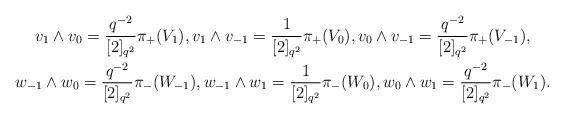
LaTeX: \begin{gather*}v_1 \wedge v_0 = \frac{q^{-2}}{[2]_{q^2}} \pi_+(V_1), v_1 \wedge v_{-1} = \frac{1}{[2]_{q^2}} \pi_+(V_0), v_0 \wedge v_{-1} = \frac{q^{-2}}{[2]_{q^2}} \pi_+(V_{-1}), \\w_{-1} \wedge w_0 = \frac{q^{-2}}{[2]_{q^2}} \pi_-(W_{-1}), w_{-1} \wedge w_1 = \frac{1}{[2]_{q^2}} \pi_-(W_0), w_0 \wedge w_1 = \frac{q^{-2}}{[2]_{q^2}} \pi_-(W_1).\end{gather*}